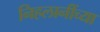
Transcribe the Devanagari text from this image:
निहलानींच्या